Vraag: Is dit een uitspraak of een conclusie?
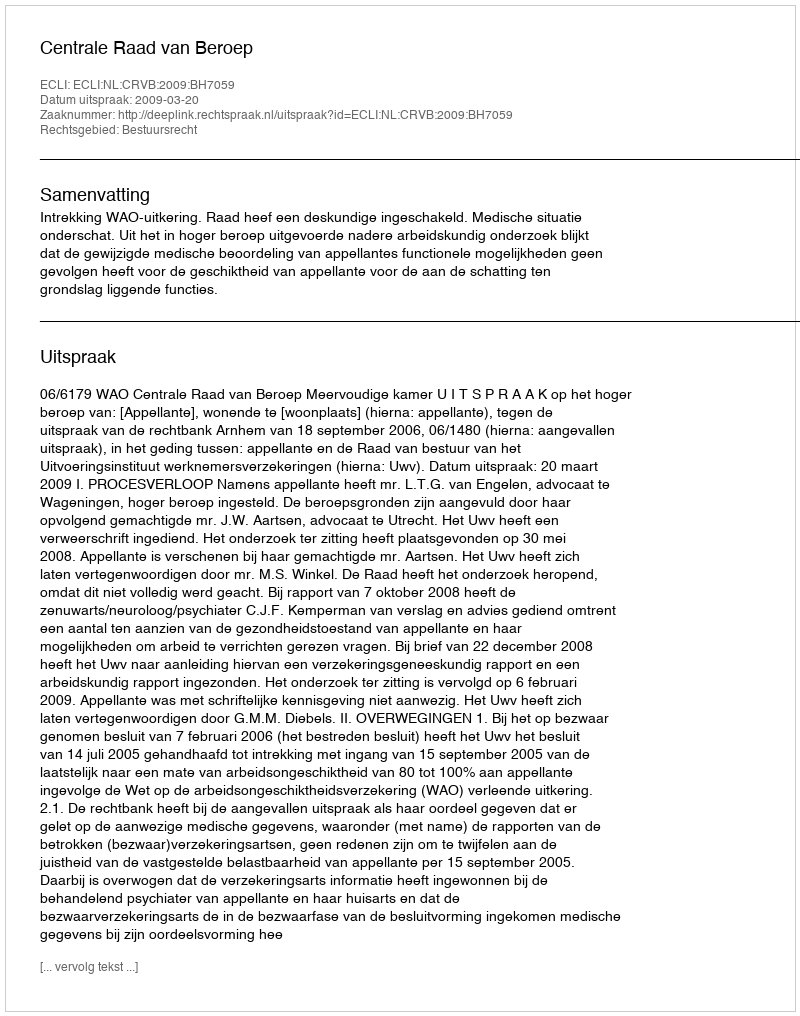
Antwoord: Uitspraak